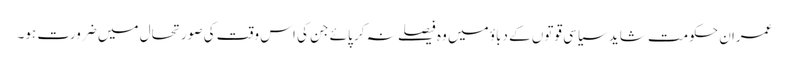
عمران حکومت شاید سیاسی قوتوں کے دباؤ میں وہ فیصلے نہ کر پائے جن کی اس وقت کی صورتحال میں ضرورت ہو۔